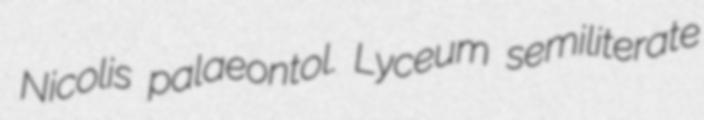
Nicolis palaeontol. Lyceum semiliterate